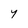
Character: 7